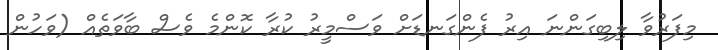
މިފަރުވާ ލިބިގަންނަ އިރު ފެންގަނޑަށް ވަސްމީރު ކުރާ ކޮންމެ ވެސް ބާވަތެއް (ވަހުން